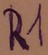
Text: R1